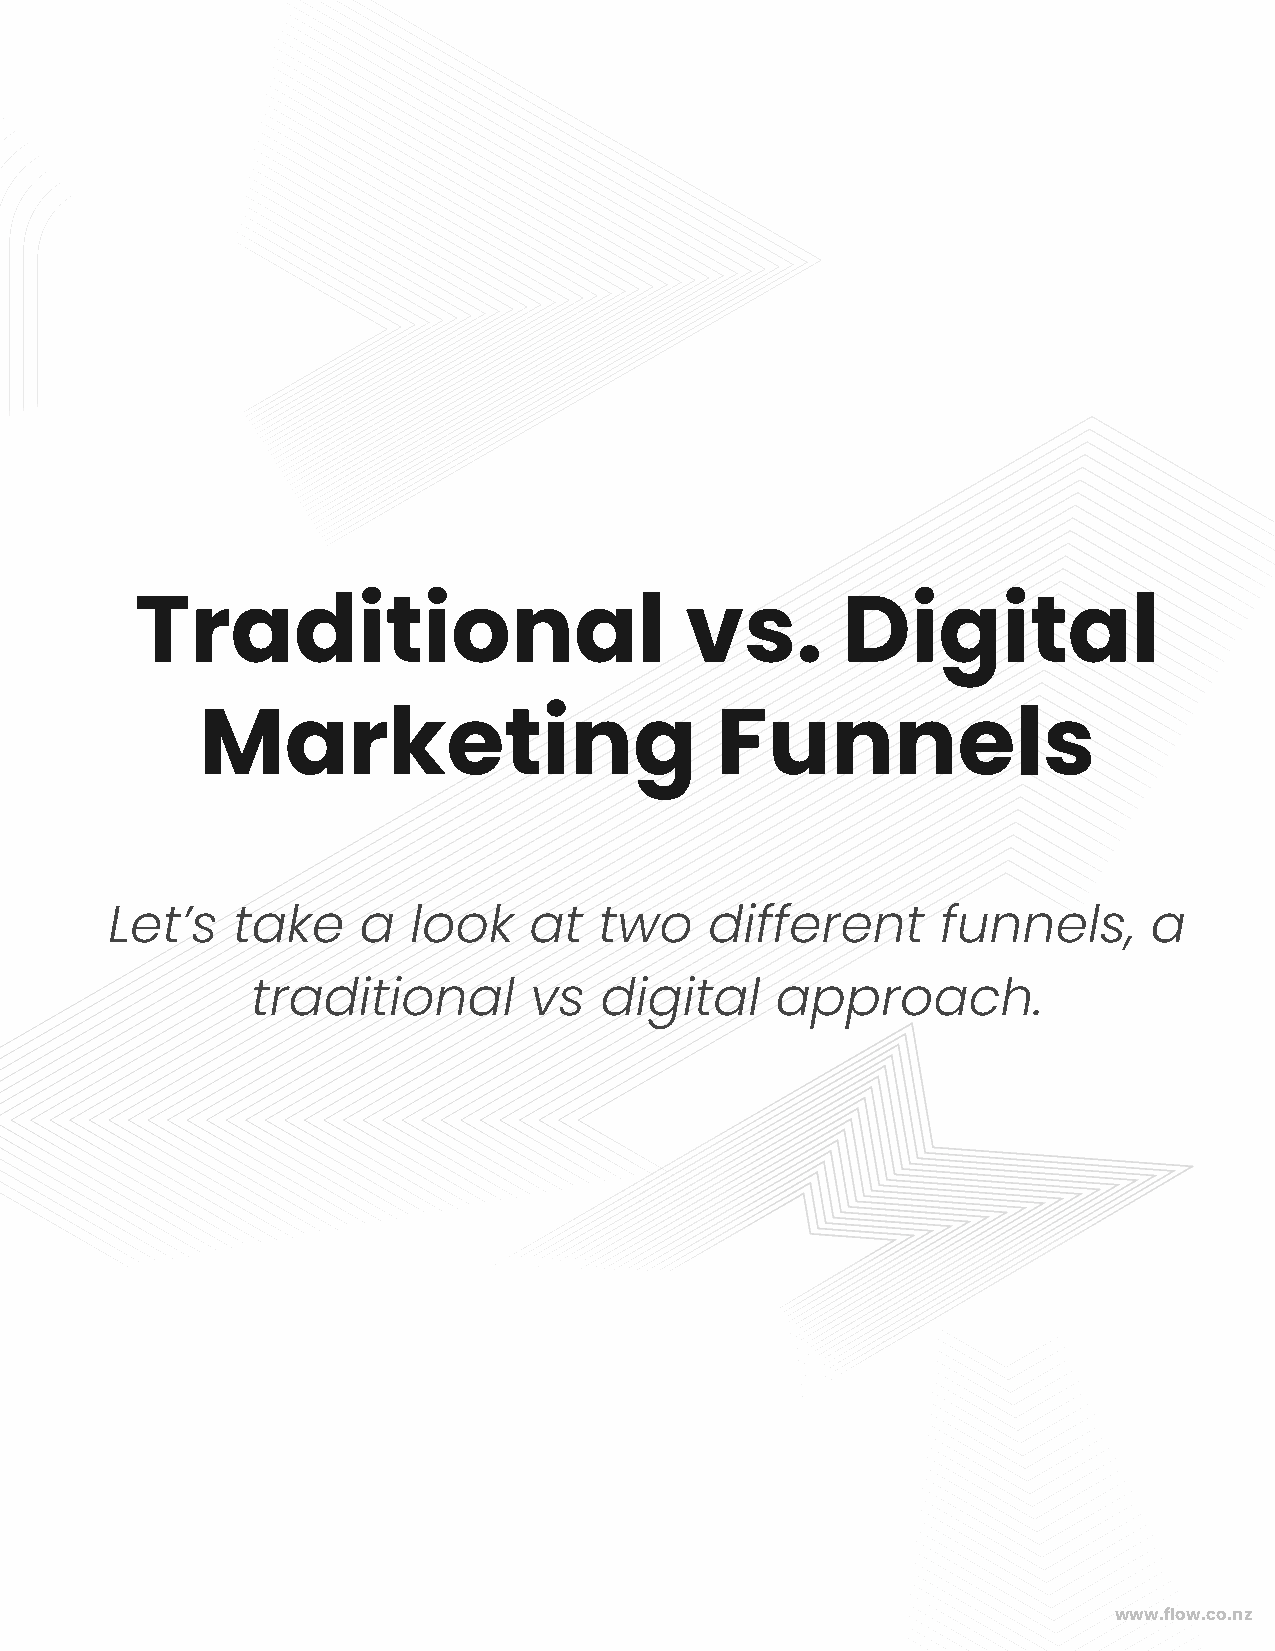
Traditional                         vs.        Digital
 Marketing                         Funnels
 Let’s   take     a  look    at   two    different      funnels,      a
 traditional       vs   digital    approach.
 www.flow.co.nz